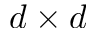
d \times d